system: You are a helpful assistant.
user:
Analyze the provided spectrum to determine if it is a **Carbon Star (C-type)**.

- **Key Visual Indicators of Carbon Star:**
    - **(Primary):** Strong molecular absorption from **C₂ (diatomic carbon) "Swan Bands."** This is the **defining feature** of a carbon star.
        - **(Key Bandheads):** Sharp absorption edges are visible at approximately $5635$ Å, $5165$ Å (the strongest band), and $4737$ Å.
        - **(Line Profile):** Creates a distinct **"saw-tooth"** pattern. The key morphology is a sharp, steep bandhead on the **red (long-wavelength) side**, which then gradually tapers off (i.e., flux recovers) towards the **blue (short-wavelength) side**. *(This is the direct opposite of the TiO bands seen in M-type stars)*.

    - **(Secondary):** Intense **CN (cyanogen)** molecular absorption bands.
        - **(Key Bandheads):** Located in the blue and violet regions of the spectrum (e.g., near $4215$ Å and $3883$ Å).
        - **(Morphology):** These bands are extremely broad and act as a "blanket," absorbing the vast majority of blue and violet light. This creates a characteristic **"cliff"** or **"steep drop-off"** in the spectrum's flux at short wavelengths.

    - **(Key Confirmation):** Strong **CH absorption band (G-band)**.
        - **(Key Bandhead):** Located around $4300$ Å. The contribution from CH molecules to this band is exceptionally strong.

    - **(Overall Spectrum):**
        - The continuum is severely "chopped up" by these deep molecular bands, especially C₂, rather than appearing as a smooth curve.
        - Due to the heavy CN and C₂ absorption in the blue-green, the vast majority of the star's flux is concentrated in the red part of the spectrum, giving the star its characteristic deep red color.

Think first, call **spectral_visualization_tool** if needed to examine features in detail, then provide your final answer. Your response must adhere to the following strict rules:
1.  **Overall Structure:** Your response must follow the format `<think>...</think> <tool_call>...</tool_call> (if a tool is used) <answer>...</answer>`.
2.  **Tool Usage Constraint:** You may only make **one** tool call per turn.
3.  **Final Answer Format:** In the `<answer>` tag, your conclusion must be inside a `\boxed{}` command (e.g., `\boxed{YES}`), followed by your justification.

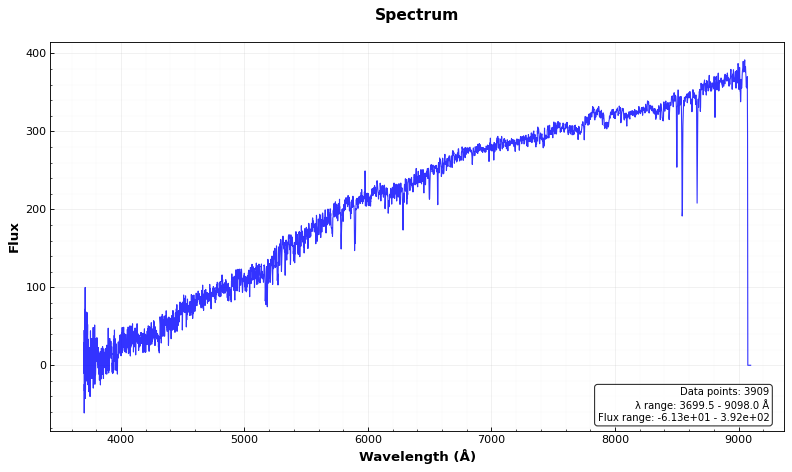
Answer: NO